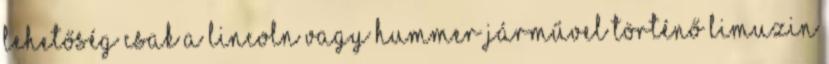
lehetőség csak a Lincoln vagy Hummer járművel történő limuzin